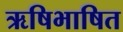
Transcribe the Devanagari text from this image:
ऋषिभाषित